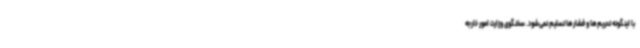
با اینگونه تحریم‌ها و فشارها تسلیم نمی‌شود. سخنگوی وزارت امور خارجه